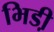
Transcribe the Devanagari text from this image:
भिडी़